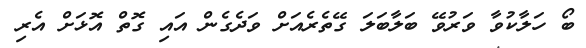
ބޯ ހަލާކުވާ ވަރުވޭ ބަލާބަލަ ގޭތެރެއަށް ވަދެގެން އައި ގޮތް އޮޅަށް އެރި